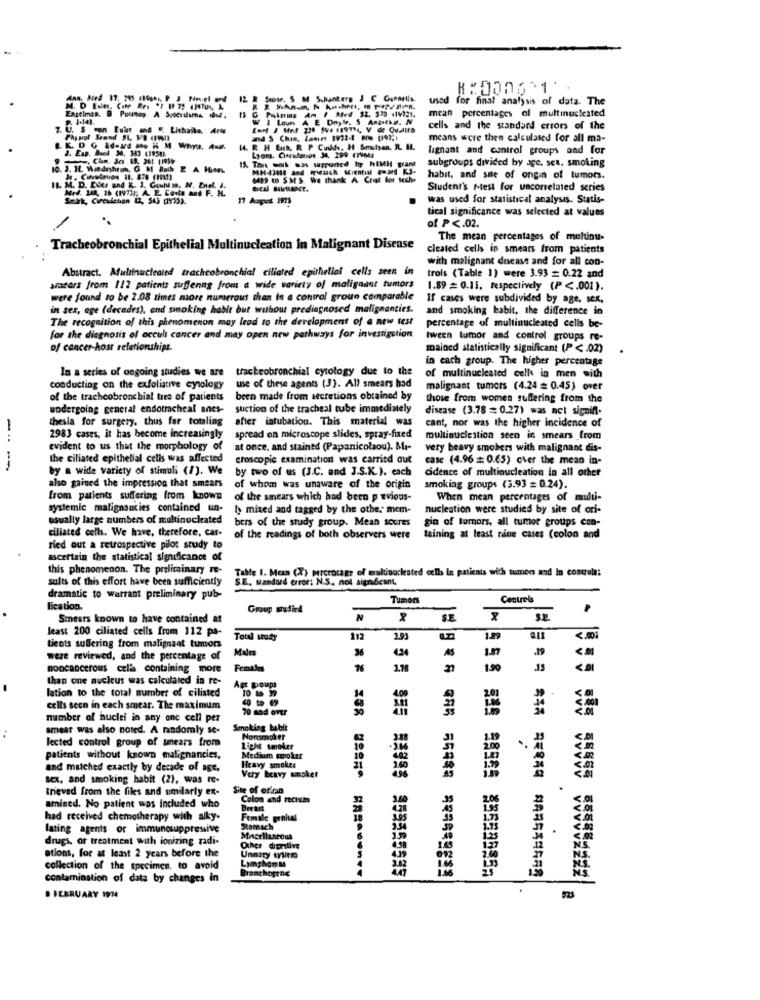
12 R Stow. S M S.hunters J C Ganarlis
used for final analysis of data. The
Engelman. @ Pounoy. A Spocuima ou, Il C Painma Am / Med 52. 532 414221.
W I Loun A E Doyle. 5 Anpaths. N
mean percentages of multinucleated
U. S con Fuir and ". Lithallo, Arte
cells and the standard errors of the
Physiol Scand BL. MB (190)
and $ Chan, Lamirt 3932-8 BD0 0147;1
means were then calculated for all ma-
K. D G Ed-18 Me HM Whya. Aug.
2. Exp. Buel 36, 343 (1950).
W. R H EIch. R P Cuuds, H Smalyan, R. H.
lignant and control groups and for
.Clm. Sc 18. 361 11959
15. This work was supported by NIMH grant
Lyons. Cinealanos 34, 299 (19nas
subgroups divided by ace, sex. smoking
o. J. H4. Windesheim, O M Roch E A Hion.
6499 1 SMS We thank A Chat for teche
habit, and site of ongin of tumors.
IL. M. D. Eller and K. 1. Goulu m, N. Enel. J.
Med. 144, 36 (1973); A. E. Conta and F. H.
Student's r-test for uncorrelated series
17 Aopus 1973
was used for statistical analysis. Statis-
tical significance was selected at values
of P <. 02.
The mean percentages of multinu-
Tracheobronchial Epithelial Multinucleation In Malignant Disease
cleated cells in smears from patients
with malignant disease and for all con-
Abstract. Multinucleated trachcobronchial ciliated epithelial cells seen in
trois (Table 1) were 3.93 = 0.22 and
sracars from 112 patients suffenng from a wide variety of malignant tumors
1.89 = 0.11, respectively (P <. 001).
were found to be 2.08 times more numerous than in a control groun comparable
If cases were subdivided by age, sex,
in sex, age (decades), end sonoking habit but without prediagnosed malignanties.
and smoking habit, the difference in
The recognition of this phenomenon may lead to the development of a new test
percentage of multinucleated cells be-
for the diagnosis of occul cancer and may open new pathways for investigation
tween tumor and control groups re-
of cancer-host relationships.
mained statistically significant (P < . 02)
.
in each group. The higher percentage
In a series of ongoing studies we are tracheobronchial cytology due to the
of multinucleated cells in men with
conducting on the exfoliative cytology
use of these agents (3). All smears had
malignant tumors (4.24 = 0.45) over
of the tracheobronchial tree of patients
been made from secretions obtained by
those from women suffering from the
undergoing general endotracheal anes-
suction of the tracheal tube immediately
disease (3.78 = 0.27) was not signifl-
thesia for surgery. thus far totaling after intubation. This material was
cant, nor was the higher incidence of
--
2983 cases, it has become increasingly
spread on microscope slides, spray-fixed
multinucleation seen in smears from
evident to us that the morphology of
at once, and stained (Papanicolaou). Mi-
very heavy smokers with malignant dis-
the ciliated epithelial cells was affected
croscopic examination was carried out
case (4.96 = 0.65) over the mean in-
--
by a wide variety of stimuli (1). We
by two of us (J.C. and J.S.K.). each
cidence of multinucleation in all other
also gained the impression that smears
of whom was unaware of the origin
smoking groups (3.93 = 0.24).
from patients suffering from known
of the smears which had been pwvious-
When mean percentages of multi-
systemic malignancies contained un-
ly mixed and tagged by the othe. mem-
nucleation were studied by site of ori-
usually large numbers of multinucleated
bers of the study group. Mean scores
ciliated cells. We have, therefore, car-
gin of tumors, all tumor groups con-
of the readings of both observers were
taining at least nane cases (colon and
ried out a retrospective pilot study to
ascertain the statistical significance of
this phenomenon. The preliminary re-
Tale 1. Mean (X) percrocage of multinarkeated cells In patients with tumors and In controla:
sults of this effort have been sufficiently
SE, wandord error: N.S ., not significant,
dramatic to warrant preliminary pub-
Tumors
Controls
lication,
Group studied
Smears known to have contained at
N
SE
x
least 200 ciliated cells from 112 pa-
Total sudy
112
1.93
tients suffering from malignant tumors
Males
36
4.24
AS
.19
were reviewed, and the percentage of
noncancerous celia containing more
Females
1.75
190
than one nucleus was calculated in re-
lation to the total number of ciliated
Age groups
TO to 39
cells seen in each smear. The maximum
70 mad over
number of nuclei in any one cell per
smear was also noted. A randomly se-
Smoking bable
lected control group of smears from
Nonsmoker
1.19
Light smoker
10
200
patients without known malignancies,
Medium mooker
Heavy smokes
and matched exactly by decade of age.
21
3.60
sex, and smoking habit (2), was re-
Very beavy ampket
trieved from the files and similarly ex-
Site of of'tan
.
Colon and recham
amined. No patient was included who
Breast
had received chemotherapy with alky.
Female genital
lating agents or immunosuppressive
Stomach
drugs, or treatment with ionizing radi-
55555 555584
ations, for at least 2 years before the
Lymphom M
collection of the specimen. to avoid
Bronchoptne
959555589
contamination of data by changes in
98955 855599858
FEBRUARY 1974